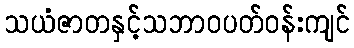
သယံဇာတနှင့်သဘာဝပတ်ဝန်းကျင်